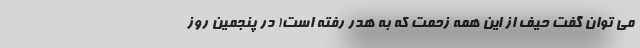
می توان گفت حیف از این همه زحمت که به هدر رفته است! در پنجمین روز